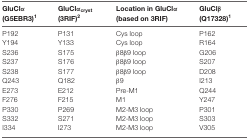
| GluClα (G5EBR3)1 | GluClαcryst (3RIF)2 | Location in GluClα (based on 3RIF) | GluClβ (Q17328)1 |
 | --- | --- | --- | --- |
 | P192 | P131 | Cys loop | P162 |
 | Y194 | Y133 | Cys loop | R164 |
 | S236 | S175 | β8β9 loop | G206 |
 | S237 | S176 | β8β9 loop | S207 |
 | S238 | S177 | β8β9 loop | D208 |
 | Q243 | Q182 | β9 | I213 |
 | E273 | E212 | Pre-M1 | Q244 |
 | F276 | F215 | M1 | Y247 |
 | P330 | P269 | M2-M3 loop | P301 |
 | S332 | S271 | M2-M3 loop | S303 |
 | I334 | I273 | M2-M3 loop | V305 |